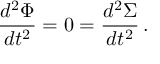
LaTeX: { \frac { d ^ { 2 } \Phi } { d t ^ { 2 } } } = 0 = { \frac { d ^ { 2 } \Sigma } { d t ^ { 2 } } } \, .